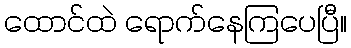
ထောင်ထဲ ရောက်နေကြပေပြီ။